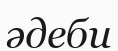
әдеби